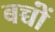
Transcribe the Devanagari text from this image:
बच्चोंं